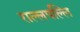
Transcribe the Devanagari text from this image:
राल्लपल्लि